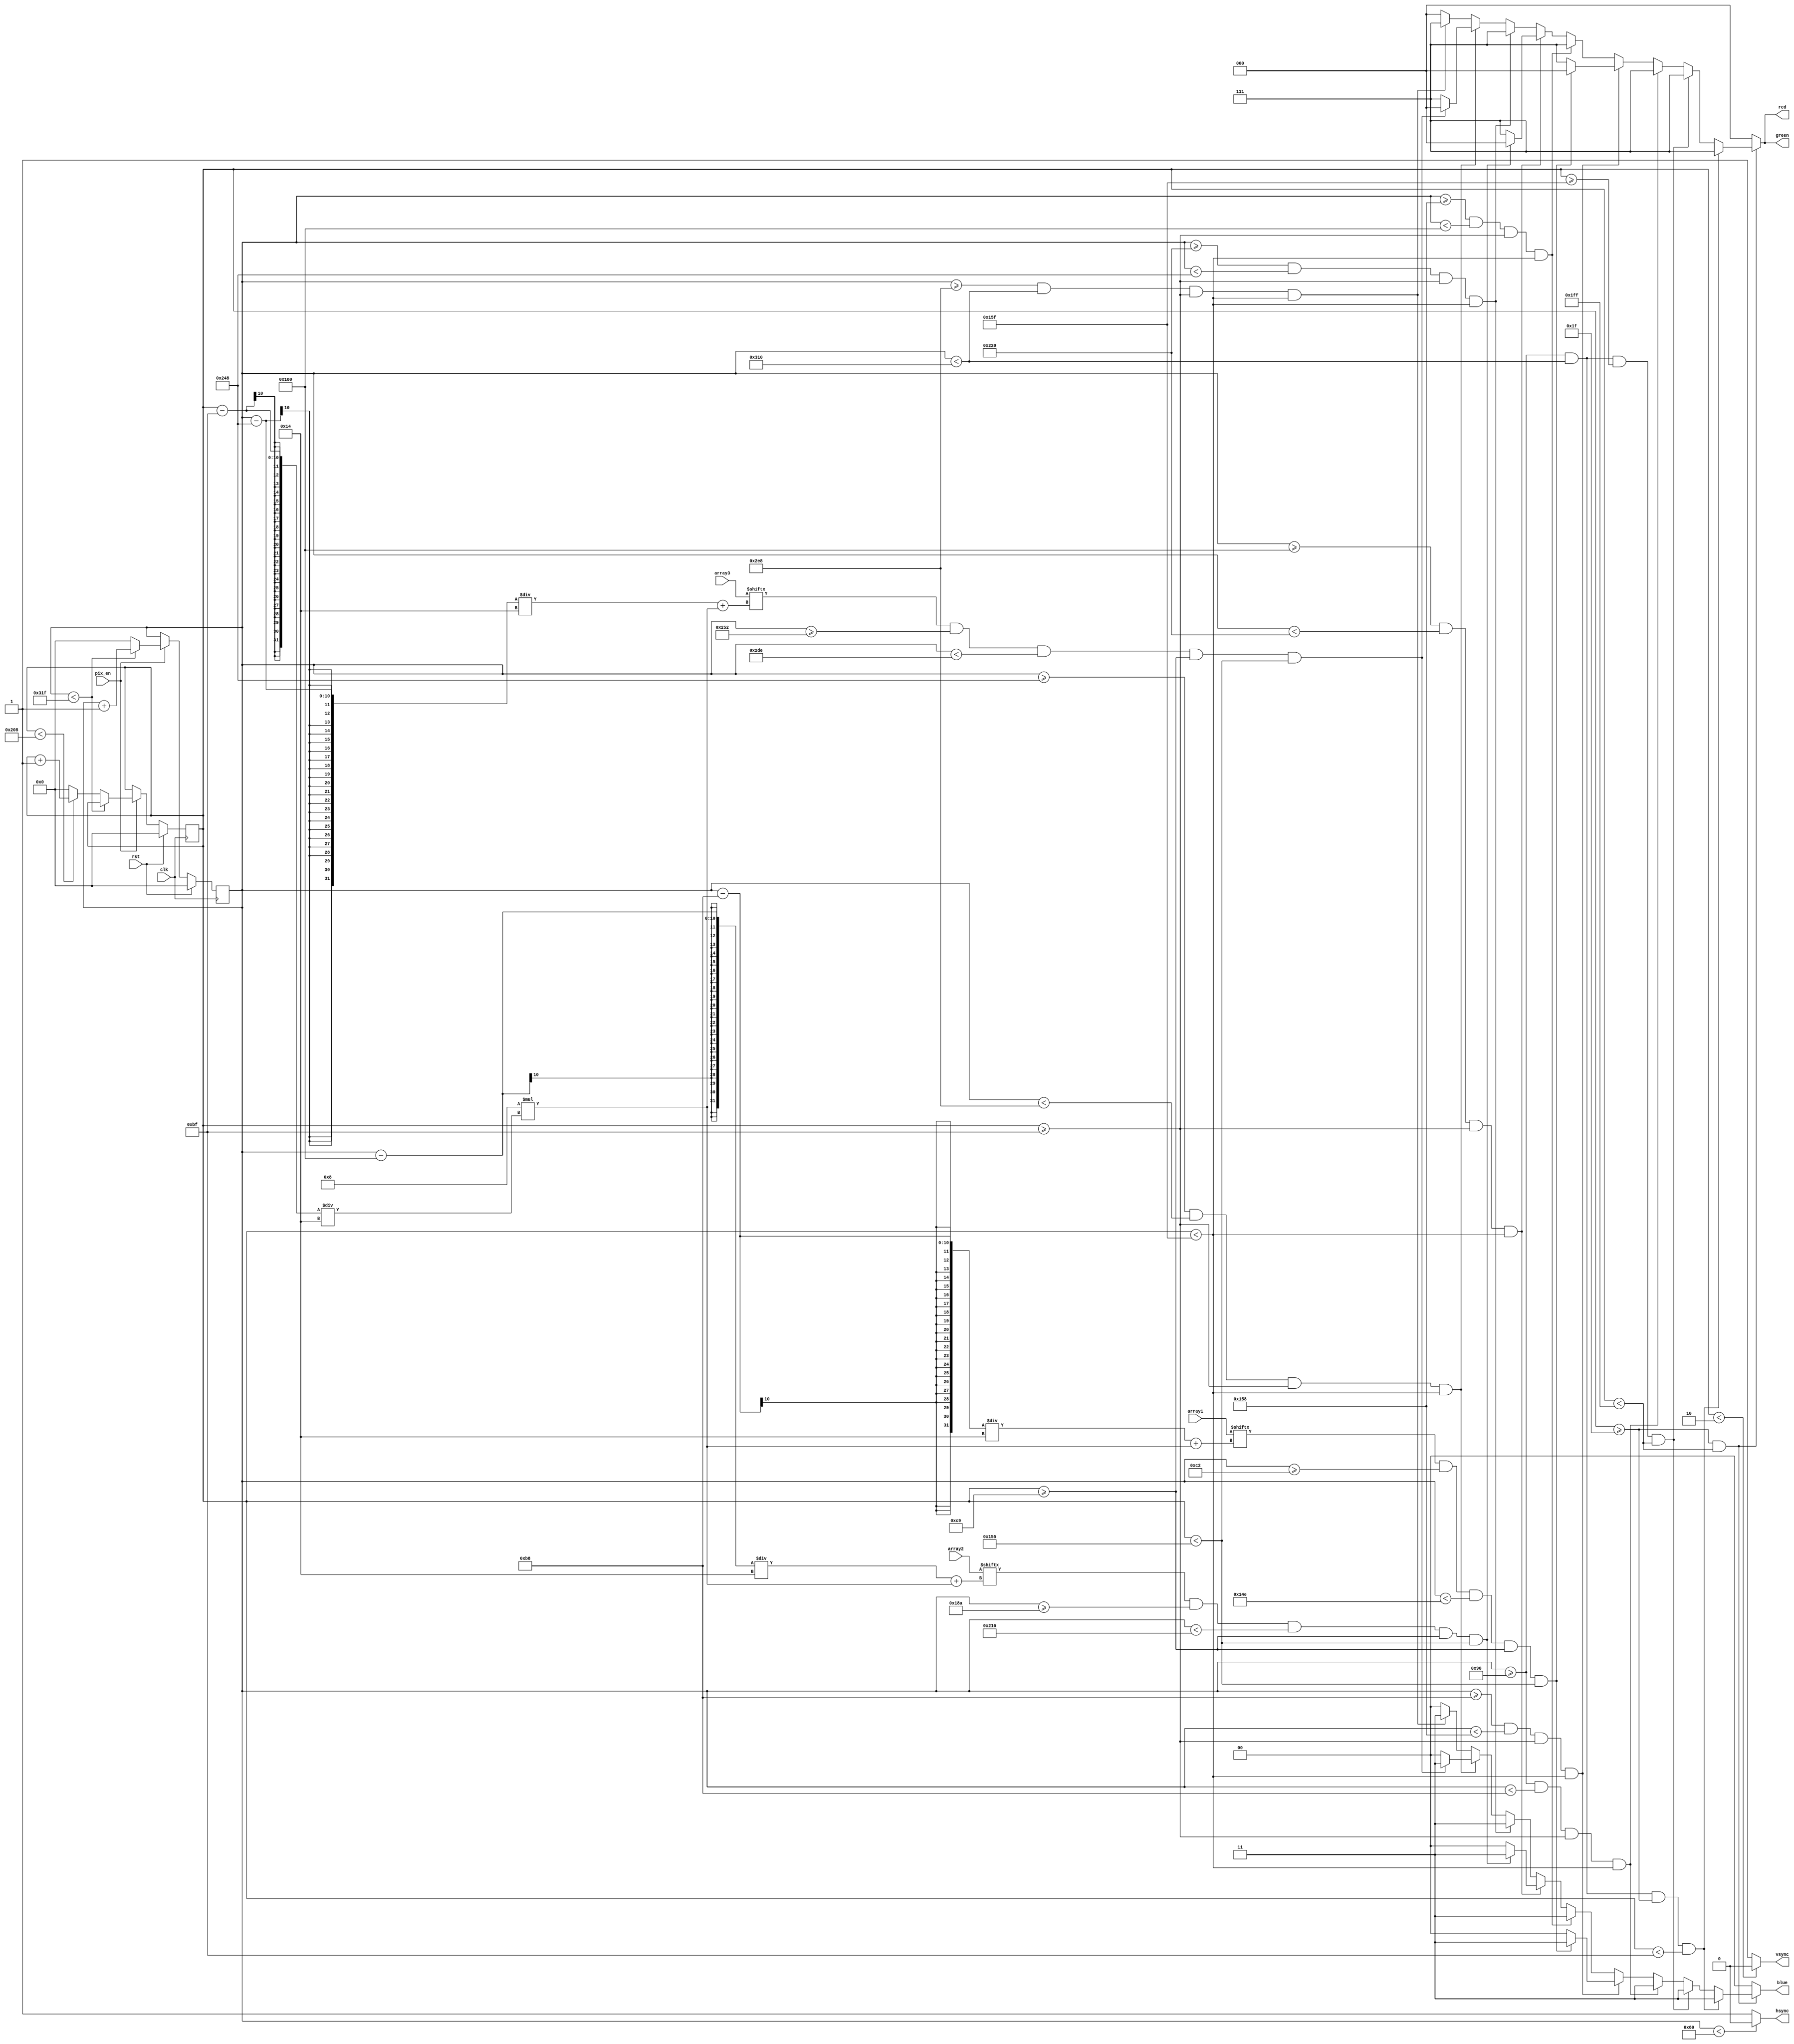
`timescale 1ns / 1ps
//////////////////////////////////////////////////////////////////////////////////
// Company:
// Engineer:
//
// Design Name:
// Module Name:    vga640x480
// Project Name:
// Target Devices:
// Tool versions:
// Description:
//
// Dependencies:
//
// Revision:
// Revision 0.01 - File Created
// Additional Comments:
//
//////////////////////////////////////////////////////////////////////////////////
module vga640x480(
	input wire pix_en,		//pixel clock: 25MHz
	input wire clk,			//100MHz
	input wire rst,			//asynchronous reset
	input wire [63:0]array1, //random digit 1
	input wire [63:0]array2, //random digit 2
	input wire [63:0]array3, //random digit 3
	output wire hsync,		//horizontal sync out
	output wire vsync,		//vertical sync out
	output reg [2:0] red,	//red vga output
	output reg [2:0] green, //green vga output
	output reg [1:0] blue	//blue vga output
	);

// video structure constants
parameter hpixels = 800;// horizontal pixels per line
parameter vlines = 521; // vertical lines per frame
parameter hpulse = 96; 	// hsync pulse length
parameter vpulse = 2; 	// vsync pulse length
parameter hbp = 144; 	// end of horizontal back porch
parameter hfp = 784; 	// beginning of horizontal front porch
parameter vbp = 31; 		// end of vertical back porch
parameter vfp = 511; 	// beginning of vertical front porch
// active horizontal video is therefore: 784 - 144 = 640
// active vertical video is therefore: 511 - 31 = 480

// registers for storing the horizontal & vertical counters
reg [9:0] hc;
reg [9:0] vc;

/*
//initialize digit array
reg [63:0]array1;

initial begin
	array1 = 64'b0000000010000000100000001000000010000000100000001000000011111111;
end
*/

// Horizontal & vertical counters --
// this is how we keep track of where we are on the screen.
// ------------------------
// Sequential "always block", which is a block that is
// only triggered on signal transitions or "edges".
// posedge = rising edge  &  negedge = falling edge
// Assignment statements can only be used on type "reg" and need to be of the "non-blocking" type: <=
always @(posedge clk)
begin
	// reset condition
	if (rst == 1)
	begin
		hc <= 0;
		vc <= 0;
	end
	else if (pix_en == 1)
	begin
		// keep counting until the end of the line
		if (hc < hpixels - 1)
			hc <= hc + 1;
		else
		// When we hit the end of the line, reset the horizontal
		// counter and increment the vertical counter.
		// If vertical counter is at the end of the frame, then
		// reset that one too.
		begin
			hc <= 0;
			if (vc < vlines - 1)
				vc <= vc + 1;
			else
				vc <= 0;
		end
		
	end
end


// generate sync pulses (active low)
// ----------------
// "assign" statements are a quick way to
// give values to variables of type: wire
assign hsync = (hc < hpulse) ? 0:1;
assign vsync = (vc < vpulse) ? 0:1;

// display 100% saturation colorbars
// ------------------------
// Combinational "always block", which is a block that is
// triggered when anything in the "sensitivity list" changes.
// The asterisk implies that everything that is capable of triggering the block
// is automatically included in the sensitivty list.  In this case, it would be
// equivalent to the following: always @(hc, vc)
// Assignment statements can only be used on type "reg" and should be of the "blocking" type: =
always @(*)
begin
	// first check if we're within vertical active video range
	if (vc >= vbp && vc < vfp)
	begin
		// now display different colors every 80 pixels
		// while we're within the active horizontal range
		// -----------------
		// display white bar at the top section
		if (hc >= hbp && hc < (hbp+640) && vc >= vbp && vc < (vbp+160))
		begin
			red = 3'b111;
			green = 3'b111;
			blue = 2'b11;
		end

		// display white bar at the bottom section
		else if (hc >= hbp && hc < (hbp+640) && vc >= (vbp+320) && vc < (vbp+480))
		begin
			red = 3'b111;
			green = 3'b111;
			blue = 2'b11;
		end

		// display white bar at the left section
		else if (hc >= hbp && hc < (hbp+40) && vc >= (vbp+160) && vc < (vbp+320))
		begin
			red = 3'b111;
			green = 3'b111;
			blue = 2'b11;
		end

		// display left yellow box
		else if (hc >= (hbp+40) && hc < (hbp+200) && vc >= (vbp+160) && vc < (vbp+320))
		begin
			// display digit
			if(array1[(hc - (hbp+40))/20 + 8*((vc - (vbp+160))/20)] == 1 && hc >= (hbp+50) && hc < (hbp+190) && vc >= (vbp+170) && vc < (vbp+310))
			begin
				red = 3'b000;
				green = 3'b000;
				blue = 2'b11;
			end
			else begin
				red = 3'b111;
				green = 3'b111;
				blue = 2'b00;
			end
		end

		// display white bar at the left middle section
		else if (hc >= (hbp+200) && hc < (hbp+240) && vc >= (vbp+160) && vc < (vbp+320))
		begin
			red = 3'b111;
			green = 3'b111;
			blue = 2'b11;
		end

		// display middle yellow box
		else if (hc >= (hbp+240) && hc < (hbp+400) && vc >= (vbp+160) && vc < (vbp+320))
		begin
			// display digit
			if(array2[(hc - (hbp+240))/20 + 8*((vc - (vbp+160))/20)] == 1 && hc >= (hbp+250) && hc < (hbp+390) && vc >= (vbp+170) && vc < (vbp+310))
			begin
				red = 3'b000;
				green = 3'b000;
				blue = 2'b11;
			end
			else begin
				red = 3'b111;
				green = 3'b111;
				blue = 2'b00;
			end
		end

		// display white bar at the right middle section
		else if (hc >= (hbp+400) && hc < (hbp+440) && vc >= (vbp+160) && vc < (vbp+320))
		begin
			red = 3'b111;
			green = 3'b111;
			blue = 2'b11;
		end

		// display right yellow box
		else if (hc >= (hbp+440) && hc < (hbp+600) && vc >= (vbp+160) && vc < (vbp+320))
		begin
			// display digit
			if(array3[(hc - (hbp+440))/20 + 8*((vc - (vbp+160))/20)] == 1 && hc >= (hbp+450) && hc < (hbp+590) && vc >= (vbp+170) && vc < (vbp+310))
			begin
				red = 3'b000;
				green = 3'b000;
				blue = 2'b11;
			end
			else begin
				red = 3'b111;
				green = 3'b111;
				blue = 2'b00;
			end
		end

		// display white bar at the right section
		else if (hc >= (hbp+600) && hc < (hbp+640) && vc >= (vbp+160) && vc < (vbp+320))
		begin
			red = 3'b111;
			green = 3'b111;
			blue = 2'b11;
		end






		// // display yellow bar
		// else if (hc >= (hbp+80) && hc < (hbp+160))
		// begin
		// 	red = 3'b111;
		// 	green = 3'b111;
		// 	blue = 2'b00;
		// end
		// // display cyan bar
		// else if (hc >= (hbp+160) && hc < (hbp+240))
		// begin
		// 	red = 3'b000;
		// 	green = 3'b111;
		// 	blue = 2'b11;
		// end
		// // display green bar
		// else if (hc >= (hbp+240) && hc < (hbp+320))
		// begin
		// 	red = 3'b000;
		// 	green = 3'b111;
		// 	blue = 2'b00;
		// end
		// // display magenta bar
		// else if (hc >= (hbp+320) && hc < (hbp+400))
		// begin
		// 	red = 3'b111;
		// 	green = 3'b000;
		// 	blue = 2'b11;
		// end
		// // display red bar
		// else if (hc >= (hbp+400) && hc < (hbp+480))
		// begin
		// 	red = 3'b111;
		// 	green = 3'b000;
		// 	blue = 2'b00;
		// end
		// // display blue bar
		// else if (hc >= (hbp+480) && hc < (hbp+560))
		// begin
		// 	red = 3'b000;
		// 	green = 3'b000;
		// 	blue = 2'b11;
		// end
		// // display black bar
		// else if (hc >= (hbp+560) && hc < (hbp+640))
		// begin
		// 	red = 3'b000;
		// 	green = 3'b000;
		// 	blue = 2'b00;
		// end
		// we're outside active horizontal range so display black
		else
		begin
			red = 0;
			green = 0;
			blue = 0;
		end
	end
	// we're outside active vertical range so display black
	else
	begin
		red = 0;
		green = 0;
		blue = 0;
	end
end

endmodule